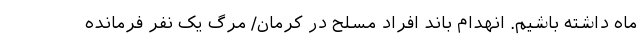
ماه داشته باشیم. انهدام باند افراد مسلح در کرمان/ مرگ یک نفر فرمانده